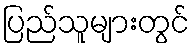
ပြည်သူများတွင်